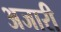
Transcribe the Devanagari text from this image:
अजारी